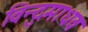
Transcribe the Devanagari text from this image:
विन्दुमाधव